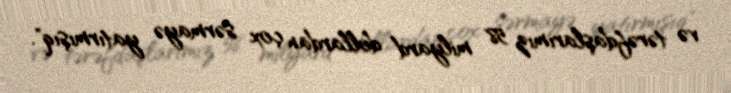
və tərəfdaşlarımız 58 milyard dollardan çox sərmayə yatırmışıq".